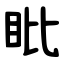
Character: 䀝